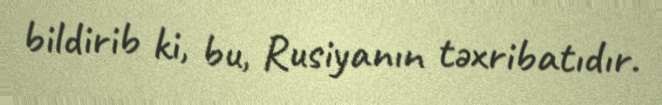
bildirib ki, bu, Rusiyanın təxribatıdır.